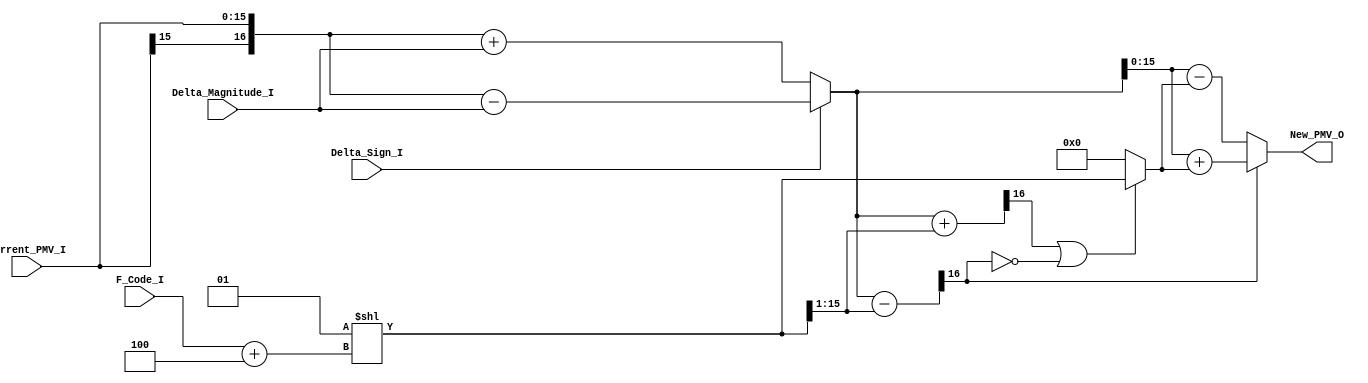
module New_Prediction(
	Current_PMV_I,
	
	Delta_Sign_I,
	Delta_Magnitude_I,
	
	F_Code_I,
	
	New_PMV_O
);

input 	[15:0]	Current_PMV_I;

input 				Delta_Sign_I;
input 	[12:0]	Delta_Magnitude_I;

input 	[3:0]		F_Code_I;

output 	[15:0]	New_PMV_O;

wire 		[16:0] 	Pre_range_PMV;

wire 		[15:0]	Range_small;
wire 		[16:0]	Range;

wire 					up_adjust, down_adjust;

wire 		[16:0]	adjustment_value;
wire 		[16:0]	adjusted_value;

wire 		[16:0]	adjust_up_check;
wire 		[16:0]	adjust_down_check;

assign Pre_range_PMV = (Delta_Sign_I) ? 
	{Current_PMV_I[15],Current_PMV_I} - {3'h0,Delta_Magnitude_I} : 
	{Current_PMV_I[15],Current_PMV_I} + {3'h0,Delta_Magnitude_I};

assign Range_small = 1 << (F_Code_I + 4);
assign Range = {1'b0,Range_small};

assign adjust_up_check = Pre_range_PMV + {1'b0,Range[16:1]};
assign adjust_down_check = Pre_range_PMV - {1'b0,Range[16:1]};

assign up_adjust = adjust_up_check[16];
assign down_adjust = ~adjust_down_check[16];

assign adjustment_value = (up_adjust | down_adjust) ? Range : 17'h00000;

assign adjusted_value = (down_adjust) ? 
	Pre_range_PMV - adjustment_value : Pre_range_PMV + adjustment_value;
	
assign New_PMV_O = adjusted_value[15:0];

endmodule